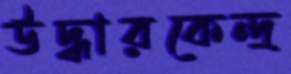
উদ্ধারকেন্দ্র